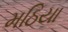
મઠિયા